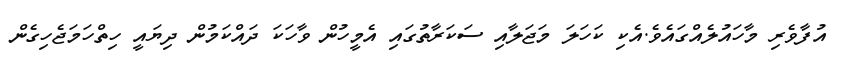
އުފާވެރި މާހައުލެއްގައެވެ.އެކި ކަހަލަ މަޖަލާއި ސަކަރާތުގައި އެމީހުން ވާހަކަ ދައްކަމުން ދިޔައީ ހިތްހަމަޖެހިގެން